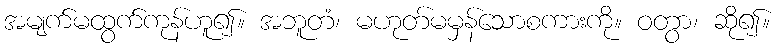
အမျက်မထွက်ကုန်ဟူ၍။ အဘူတံ၊ မဟုတ်မမှန်သောစကားကို။ ဝတွာ၊ ဆို၍။